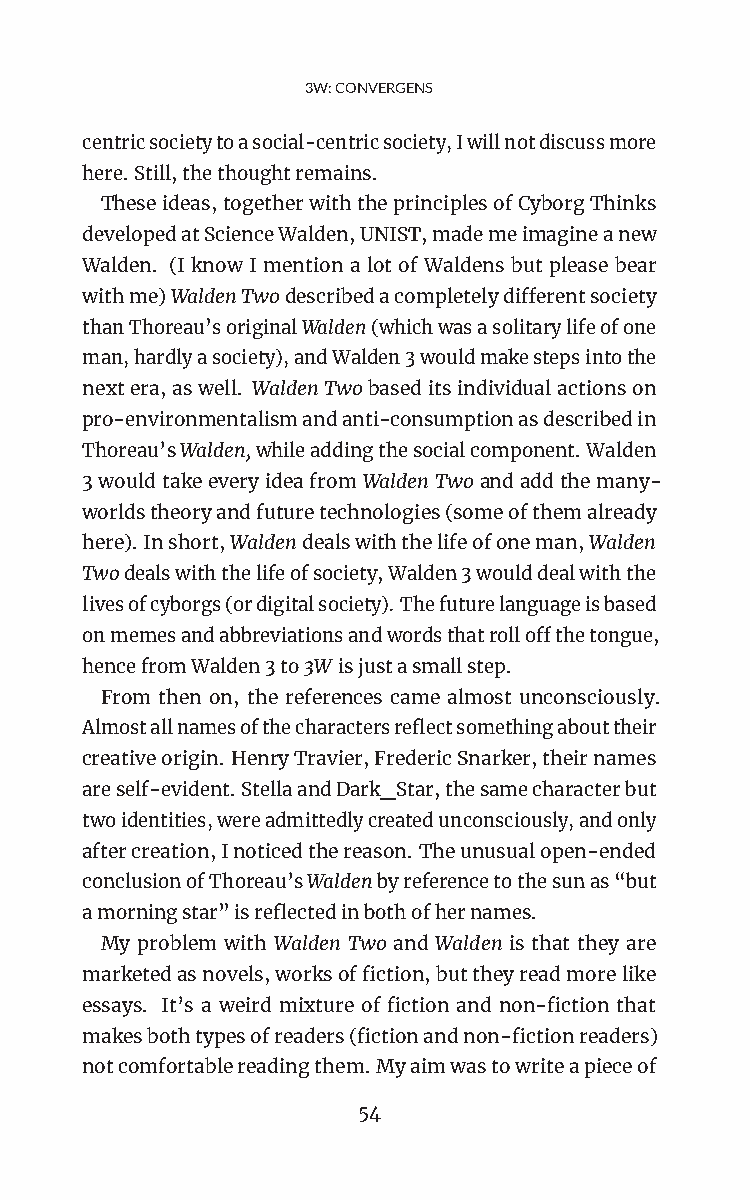
3W:CONVERGENS
 centricsocietytoasocial-centricsociety,Iwillnotdiscussmore
 here.Still,thethoughtremains.
 Theseideas,togetherwiththeprinciplesofCyborgThinks
 developedatScienceWalden,UNIST,mademeimagineanew
 Walden. (I know I mention a lot of Waldens but please bear
 withme)WaldenTwodescribedacompletelydifferentsociety
 thanThoreau’soriginalWalden(whichwasasolitarylifeofone
 man,hardlyasociety),andWalden3wouldmakestepsintothe
 nextera,aswell. WaldenTwobaseditsindividualactionson
 pro-environmentalismandanti-consumptionasdescribedin
 Thoreau’sWalden,whileaddingthesocialcomponent.Walden
 3wouldtakeeveryideafromWaldenTwoandaddthemany-
 worldstheoryandfuturetechnologies(someofthemalready
 here). Inshort,Waldendealswiththelifeofoneman,Walden
 Twodealswiththelifeofsociety,Walden3woulddealwiththe
 livesofcyborgs(ordigitalsociety).Thefuturelanguageisbased
 onmemesandabbreviationsandwordsthatrolloffthetongue,
 hencefromWalden3to3W isjustasmallstep.
 From then on, the references came almost unconsciously.
 Almostallnamesofthecharactersreflectsomethingabouttheir
 creativeorigin. HenryTravier,FredericSnarker,theirnames
 areself-evident.StellaandDark_Star,thesamecharacterbut
 twoidentities,wereadmittedlycreatedunconsciously,andonly
 aftercreation,Inoticedthereason. Theunusualopen-ended
 conclusionofThoreau’sWaldenbyreferencetothesunas“but
 amorningstar”isreflectedinbothofhernames.
 My problem with Walden Two and Walden is that they are
 marketedasnovels,worksoffiction,buttheyreadmorelike
 essays. It’s a weird mixture of fiction and non-fiction that
 makesbothtypesofreaders(fictionandnon-fictionreaders)
 notcomfortablereadingthem.Myaimwastowriteapieceof
 54